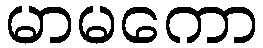
မာမကော